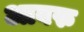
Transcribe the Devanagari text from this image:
आबरु